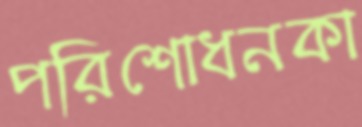
পরিশোধনকা